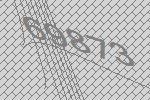
69873